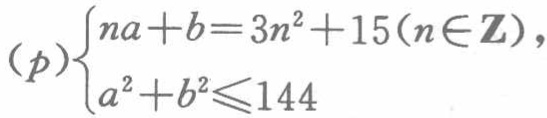
\((p)\begin{cases}na + b = 3n^{2}+15(n\in\mathbf{Z})\\a^{2}+b^{2}\leqslant144\end{cases}\)